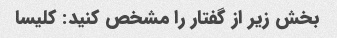
بخش زیر از گفتار را مشخص کنید: کلیسا